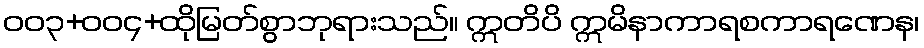
ဝဝ၃+ဝဝ၄+ထိုမြတ်စွာဘုရားသည်။ ဣတိပိ ဣမိနာကာရစကာရဏေန၊